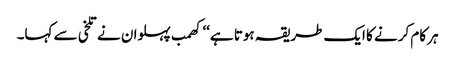
ہر کام کرنے کا ایک طریقہ ہوتا ہے‘‘ کھمب پہلوان نے تلخی سے کہا۔